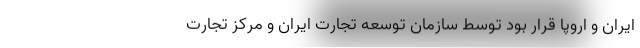
ایران و اروپا قرار بود توسط سازمان توسعه تجارت ایران و مرکز تجارت